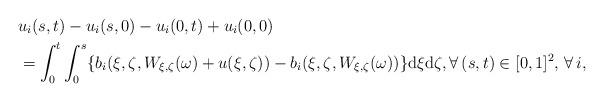
LaTeX: \begin{align*}&u_i(s,t)-u_i(s,0)-u_i(0,t)+u_i(0,0)\\&=\int_0^t\int_0^s\{b_i(\xi,\zeta,W_{\xi,\zeta}(\omega)+u(\xi,\zeta))-b_i(\xi,\zeta,W_{\xi,\zeta}(\omega))\}\mathrm{d}\xi\mathrm{d}\zeta, \forall\,(s,t)\in[0,1]^2,\,\forall\,i,\end{align*}